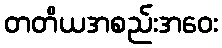
တတိယအစည်းအဝေး